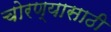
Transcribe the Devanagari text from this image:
चोरण्यासाठी